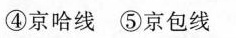
④京哈线⑤京包线